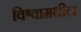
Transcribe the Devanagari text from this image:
विश्वामधील